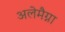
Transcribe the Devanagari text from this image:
अलेमैग्ना